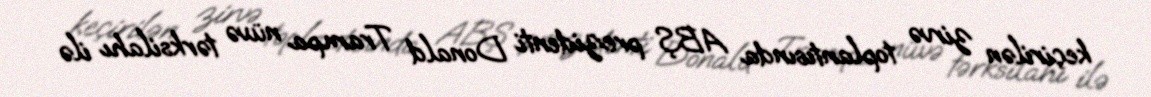
keçirilən zirvə toplantısında ABŞ prezidenti Donald Trampa nüvə tərksilahı ilə